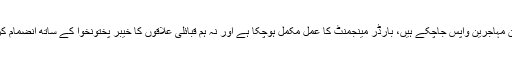
لاکھوں افغان مہاجرین واپس جاچکے ہیں، بارڈر مینجمنٹ کا عمل مکمل ہوچکا ہے اور نہ ہم قبائلی علاقوں کا خیبر پختونخوا کے ساتھ انضمام کر چکے ہیں۔